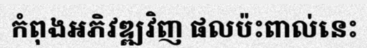
កំពុងអភិវឌ្ឍវិញ ផលប៉ះពាល់នេះ